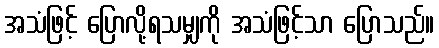
အသံဖြင့် ပြောလို့ရသမျှကို အသံဖြင့်သာ ပြောသည်။